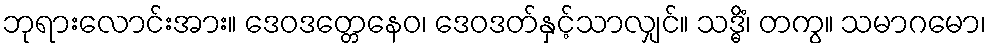
ဘုရားလောင်းအား။ ဒေဝဒတ္တေနေဝ၊ ဒေဝဒတ်နှင့်သာလျှင်။ သဒ္ဓိံ၊ တကွ။ သမာဂမော၊